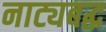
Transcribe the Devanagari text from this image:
नाट्यबद्ध